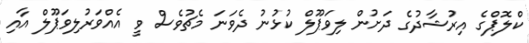
ކްލޮޕްގެ އިރުޝާދުގެ ދަށުން ލިވަޕޫލް ކުޅުނު ދެވަނަ މެޗުވެސް ވީ އެއްވަރުލިވަޕޫލް އާއި